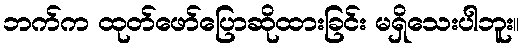
ဘက်က ထုတ်ဖော်ပြောဆိုထားခြင်း မရှိသေးပါဘူး။